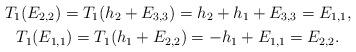
LaTeX: \begin{gather*}T_1(E_{2,2}) = T_1(h_2 + E_{3,3}) = h_2 + h_1 + E_{3,3} = E_{1,1},\\T_1(E_{1,1}) = T_1(h_1 + E_{2,2}) = -h_1 + E_{1,1} = E_{2,2}.\end{gather*}